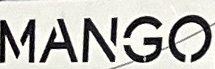
MANGO